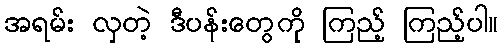
အရမ်း လှတဲ့ ဒီပန်းတွေကို ကြည့် ကြည့်ပါ။